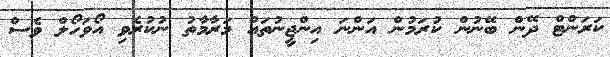
ކަރަންޓް ދޭން ބޭނުން ކުރަމުން އަންނަ އިންޖީނުތައް މަރާމާތު ނުކުރެވި އޯވަހޯލް ވެސް